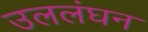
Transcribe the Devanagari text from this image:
उललंघन